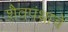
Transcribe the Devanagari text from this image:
शैवपंथाचे